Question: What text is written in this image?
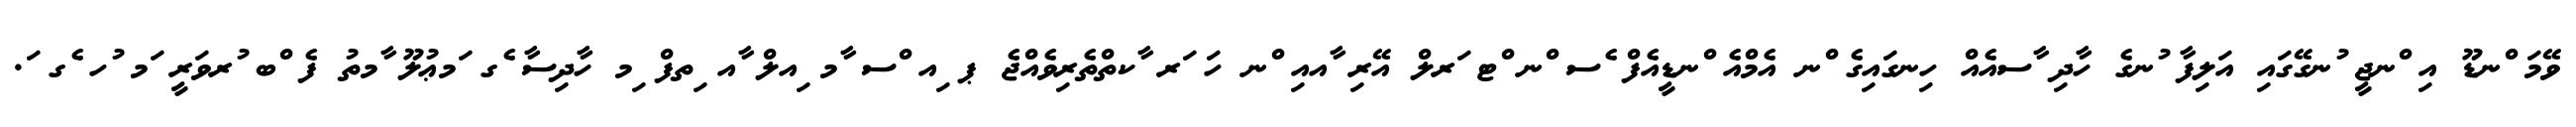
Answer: ވޭމަ ްނޑޫ އި ްނޖީ ުނގޭގައި އަލިފާ ުނގެ ހާދި ާސއެއް ހިނގައިގެ ްނ އެމްއެ ްނޑީއެފް ެސ ްނ ްޓ ަރލް އޭރި ާއއި ްނ ހަ ަރ ާކތްތެރިވެއްޖެ ޕ ިއ ްސ ާމ ިއލް ާއ ިތފް ިމ ހާދިސާ ެގ ަމޢުލޫ ާމތު ފެ ްބ ުރވަރީ ަމ ުހ ެގ ަ.